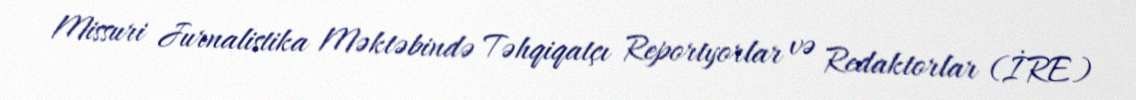
Missuri Jurnalistika Məktəbində Təhqiqatçı Reportyorlar və Redaktorlar (İRE)